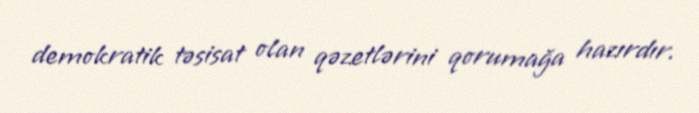
demokratik təsisat olan qəzetlərini qorumağa hazırdır.